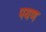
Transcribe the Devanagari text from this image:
पयण